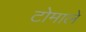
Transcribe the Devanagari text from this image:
टोमाले